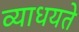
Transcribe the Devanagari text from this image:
व्याधयते